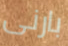
بارنى